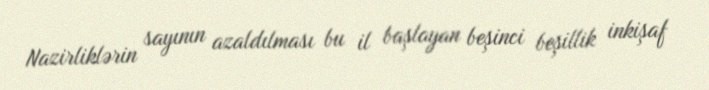
Nazirliklərin sayının azaldılması bu il başlayan beşinci beşillik inkişaf